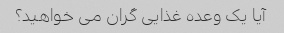
آیا یک وعده غذایی گران می خواهید؟